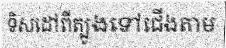
ទិសដៅពីត្បូងទៅជើងតាម